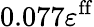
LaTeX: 0.077\varepsilon^{\mathrm{ff}}